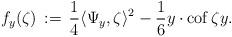
LaTeX: \begin{align*}f_y(\zeta) \,:=\, \frac{1}{4}\langle \Psi_y,\zeta\rangle^2-\frac{1}{6}y \cdot {\rm cof}\,\zeta y.\end{align*}